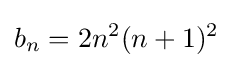
b_{n}=2n^{2}(n+1)^{2}